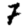
Digit: 7